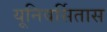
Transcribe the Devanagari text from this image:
यूनिवर्सितास